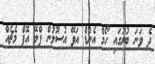
ދެ ވަނަ ބުރުގައި ހޯމް އެންޑް އަވޭ އުސޫލުން ޕްލޭ އޮފް މެޗެއް